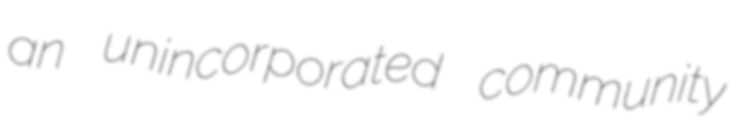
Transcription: an unincorporated community